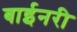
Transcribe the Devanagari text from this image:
बाईनरी